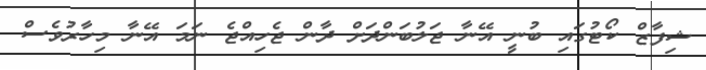
ޝިފާޒް ކޯޓުގައި ބުނީ އޭނާ ޖަލުބަންދަށް ދާން ޖެހިއްޖެ ނަމަ އޭނާ މިހާރުވެސް